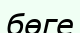
бөге